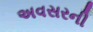
અવસરની